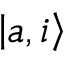
\left\vert a , i \right\rangle